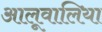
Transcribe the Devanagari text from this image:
आलूवालिया